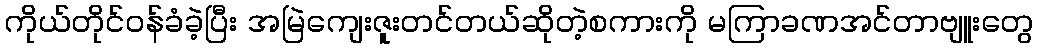
ကိုယ်တိုင်ဝန်ခံခဲ့ပြီး အမြဲကျေးဇူးတင်တယ်ဆိုတဲ့စကားကို မကြာခဏအင်တာဗျူးတွေ